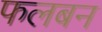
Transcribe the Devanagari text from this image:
फलबन